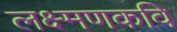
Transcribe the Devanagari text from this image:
लक्ष्मणकवि